Treatise on elephants
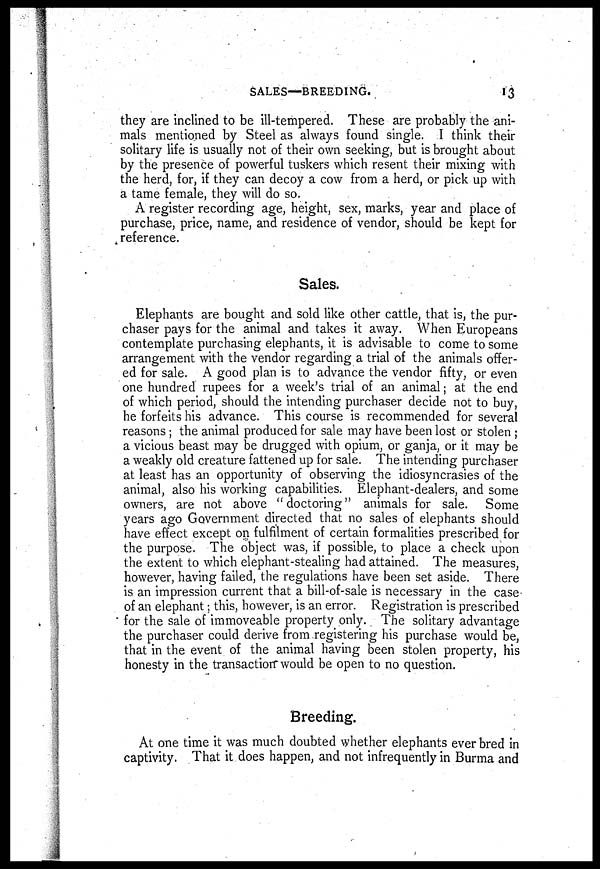
SALES—BREEDING.
13
they are inclined to be ill-tempered. These are probably the ani-
mals mentioned by Steel as always found single. I think their
solitary life is usually not of their own seeking, but is brought about
by the presence of powerful tuskers which resent their mixing with
the herd, for, if they can decoy a cow from a herd, or pick up with
a tame female, they will do so.
A register recording age, height, sex, marks, year and place of
purchase, price, name, and residence of vendor, should be kept for
reference.
Sales.
Elephants are bought and sold like other cattle, that is, the pur-
chaser pays for the animal and takes it away. When Europeans
contemplate purchasing elephants, it is advisable to come to some
arrangement with the vendor regarding a trial of the animals offer-
ed for sale. A good plan is to advance the vendor fifty, or even
one hundred rupees for a week's trial of an animal; at the end
of which period, should the intending purchaser decide not to buy,
he forfeits his advance. This course is recommended for several
reasons; the animal produced for sale may have been lost or stolen ;
a vicious beast may be drugged with opium, or ganja, or it may be
a weakly old creature fattened up for sale. The intending purchaser
at least has an opportunity of observing the idiosyncrasies of the
animal, also his working capabilities. Elephant-dealers, and some
owners, are not above "doctoring" animals for sale. Some
years ago Government directed that no sales of elephants should
have effect except on fulfilment of certain formalities prescribed for
the purpose. The object was, if possible, to place a check upon
the extent to which elephant-stealing had attained. The measures,
however, having failed, the regulations have been set aside. There
is an impression current that a bill-of-sale is necessary in the case
of an elephant; this, however, is an error. Registration is prescribed
for the sale of immoveable property only. The solitary advantage
the purchaser could derive from registering his purchase would be,
that in the event of the animal having been stolen property, his
honesty in the transaction would be open to no question.
Breeding.
At one time it was much doubted whether elephants ever bred in
captivity. That it does happen, and not infrequently in Burma and